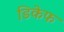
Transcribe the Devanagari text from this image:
डिकेफ